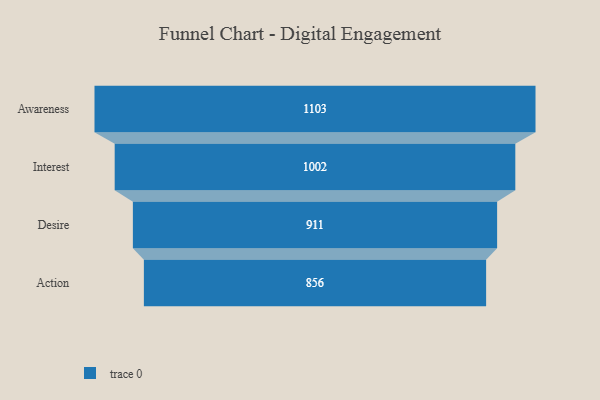
{"axis": {"x": "Stage", "y": "Value"}, "legend": [""], "data": [{"x": "Awareness", "y": 1103.0, "type": ""}, {"x": "Interest", "y": 1002.0, "type": ""}, {"x": "Desire", "y": 911.0, "type": ""}, {"x": "Action", "y": 856.0, "type": ""}]}